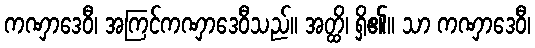
ကဏှာဒေဝီ၊ အကြင်ကဏှာဒေဝီသည်။ အတ္ထိ၊ ရှိ၏။ သာ ကဏှာဒေဝီ၊